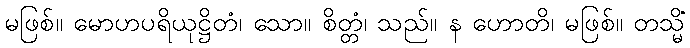
မဖြစ်။ မောဟပရိယုဋ္ဌိတံ၊ သော။ စိတ္တံ၊ သည်။ န ဟောတိ၊ မဖြစ်။ တသ္မိံ